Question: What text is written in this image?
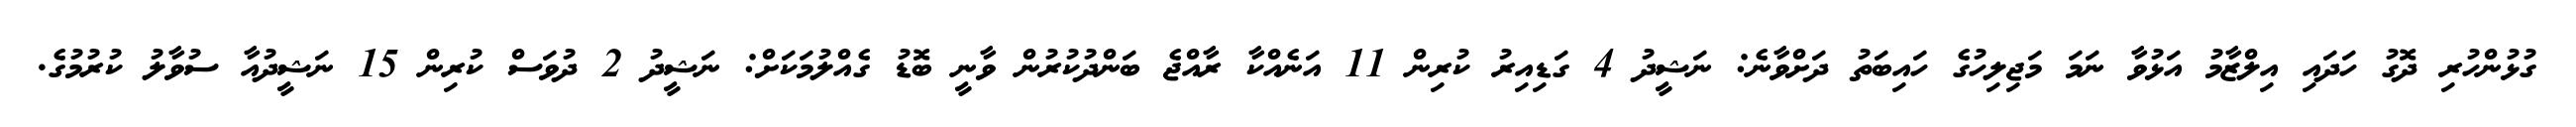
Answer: ގުޅުންހުރި ދޮގު ހަދައި އިލްޒާމު އަޅުވާ ނަމަ މަޖިލިހުގެ ހައިބަތު ދަށްވާނެ: ނަޝީދު 4 ގަޑިއިރު ކުރިން 11 އަނެއްކާ ރާއްޖެ ބަންދުކުރުން ވާނީ ބޮޑު ގެއްލުމަކަށް: ނަޝީދު 2 ދުވަސް ކުރިން 15 ނަޝީދުއާ ސުވާލު ކުރުމުގެ.